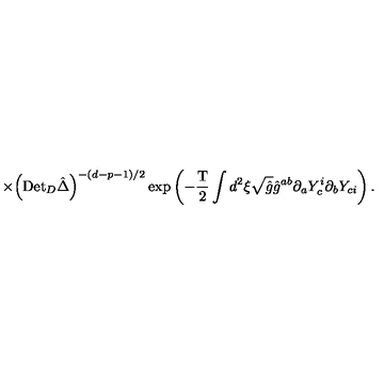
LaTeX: \times { { \left( { \mathrm { D e t } _ { D } } \hat { \Delta } \right) } ^ { - ( d - p - 1 ) / 2 } } \exp \left( - { \frac { \mathrm { T } } { 2 } } \int { d ^ { 2 } } \xi \sqrt { \hat { g } } { \hat { g } ^ { a b } } { \partial _ { a } } { Y _ { c } ^ { i } } { \partial _ { b } } { Y _ { c i } } \right) .